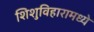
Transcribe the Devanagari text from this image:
शिशुविहारामध्ये